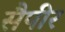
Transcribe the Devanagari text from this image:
सैपीर